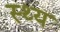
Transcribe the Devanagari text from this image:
स्थ्य